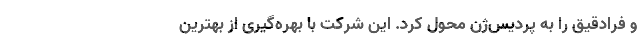
و فرادقیق را به پردیس‌ژن محول كرد. این شركت با بهره‌گیری از بهترین